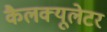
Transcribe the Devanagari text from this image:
कैलक्यूलेटर